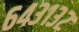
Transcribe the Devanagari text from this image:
६४३१३२